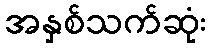
အနှစ်သက်ဆုံး